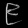
Digit: ၉